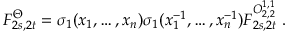
F _ { 2 s , 2 t } ^ { \Theta } = \sigma _ { 1 } ( x _ { 1 } , \ldots , x _ { n } ) \sigma _ { 1 } ( x _ { 1 } ^ { - 1 } , \ldots , x _ { n } ^ { - 1 } ) F _ { 2 s , 2 t } ^ { { \cal O } _ { 2 , 2 } ^ { 1 , 1 } } \, \, .